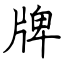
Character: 牌